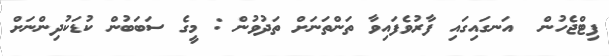
ފިޓްޖެހުން  އަނގައިގައި ފާރުވެފައިވާ ތަންތަނަށް ތަދުވުން : މީގެ ސަބަބުން ކުޑަކުދިންނަށް